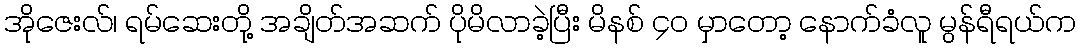
အိုဇေးလ်၊ ရမ်ဆေးတို့ အချိတ်အဆက် ပိုမိလာခဲ့ပြီး မိနစ် ၄၀ မှာတော့ နောက်ခံလူ မွန်ရီရယ်က